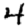
Digit: 4